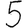
Digit: 5